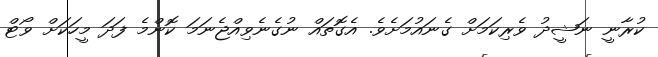
ކުރާނީ ނަޝީދު ވެރިކަމަށް ގެނައުމަށެވެ. އެގޮތައް ނުގެނެވިއްޖެނަމަ ކޮންމެ ފަދަ މީހަކަށް ވޯޓް